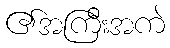
၏အကြီးအကဲ